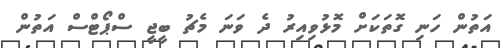
އަތުން ހަނި ގޮތަކަށް މޮޅުވިއިރު ދެ ވަނަ މެޗު ބީޖީ ސްޕޯޓްސް އަތުން